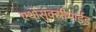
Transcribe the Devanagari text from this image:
एथोसुक्सीमाईड